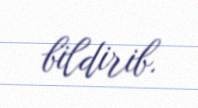
bildirib.